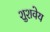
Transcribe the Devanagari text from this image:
शुशवेय